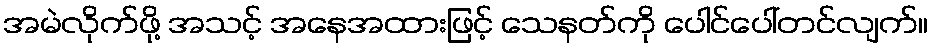
အမဲလိုက်ဖို့ အသင့် အနေအထားဖြင့် သေနတ်ကို ပေါင်ပေါ်တင်လျက်။